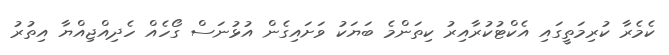
ކެމެރާ ކުރިމަތީގައި އެކްޓުކުރާއިރު ކިތަންމެ ބަޔަކު ވަށައިގެން އުޅުނަސް ގޯހެއް ހެދިއްޖިއްޔާ އިތުރު